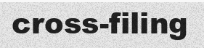
cross-filing